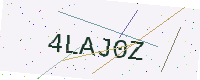
Text: 4LAJ0Z